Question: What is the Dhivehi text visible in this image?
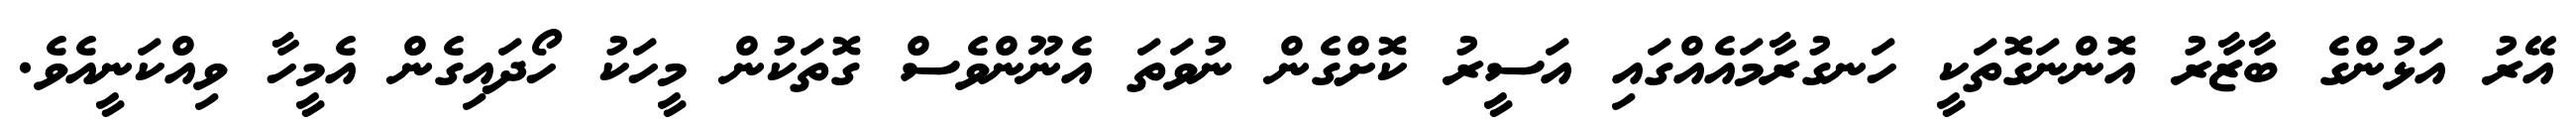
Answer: އޭރު އަޅުންގެ ބާޒާރު އޮންނަގޮތަކީ ހަނގުރާމައެއްގައި އަސީރު ކޮށްގެން ނުވަތަ އެނޫންވެސް ގޮތަކުން މީހަކު ހޯދައިގެން އެމީހާ ވިއްކަނީއެވެ.